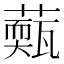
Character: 𦾳